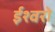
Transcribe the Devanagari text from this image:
ईश्वरो